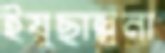
ইয়ুছাল্লুনা